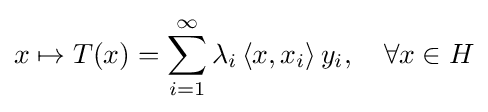
x\mapsto T(x)=\sum _{i=1}^{\infty }\lambda _{i}\left\langle x,x_{i}\right\rangle y_{i},\quad \forall x\in H